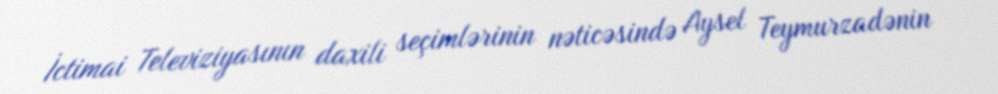
İctimai Televiziyasının daxili seçimlərinin nəticəsində Aysel Teymurzadənin